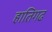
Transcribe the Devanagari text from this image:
हातिगढ